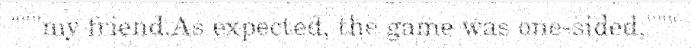
"""my friend.As expected, the game was one-sided,"""